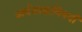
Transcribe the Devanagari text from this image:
अर्थशास्त्राविषयी